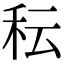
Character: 秐